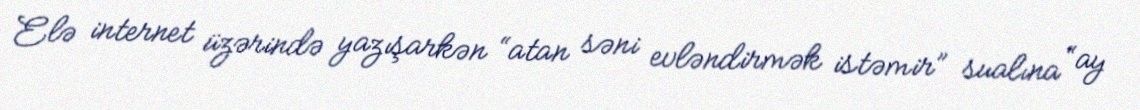
Elə internet üzərində yazışarkən “atan səni evləndirmək istəmir” sualına “ay